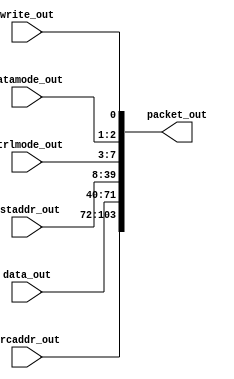
module emesh2packet_1 #(parameter AW = 32,   
		      parameter PW = 104)  
   (
    input 	    write_out, 
    input [1:0]     datamode_out,
    input [4:0]     ctrlmode_out,
    input [AW-1:0]  dstaddr_out,
    input [AW-1:0]  data_out, 
    input [AW-1:0]  srcaddr_out, 
    output [PW-1:0] packet_out
    );
   assign packet_out[0]       = write_out;   
   assign packet_out[2:1]     = datamode_out[1:0];
   assign packet_out[7:3]     = ctrlmode_out[4:0];
   generate   
     if(PW==136)
	begin : p136
	   assign packet_out[39:8]    = dstaddr_out[31:0];
	   assign packet_out[71:40]   = data_out[31:0];    
	   assign packet_out[103:72]  = srcaddr_out[31:0]; 
	   assign packet_out[135:104] = dstaddr_out[63:32];
	end
      else if(PW==104)
	begin : p104
	   assign packet_out[39:8]    = dstaddr_out[31:0];
	   assign packet_out[71:40]   = data_out[31:0];
	   assign packet_out[103:72]  = srcaddr_out[31:0];
	end
      else if(PW==72)
	begin : p72
	   assign packet_out[39:8]    = dstaddr_out[31:0];
	   assign packet_out[71:40]   = data_out[31:0];
	end
      else if(PW==40)
	begin : p40
	   assign packet_out[23:8]    = dstaddr_out[15:0];
	   assign packet_out[39:24]   = data_out[15:0];
	end
   endgenerate
endmodule